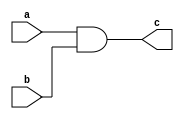
module and_coass(input a,input b,output c);
assign c=a&b;
endmodule